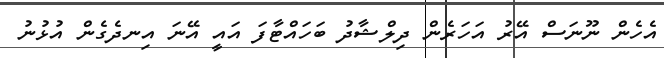
އެހެން ނޫނަސް އޭރު އަހަރެން ދިލްޝާދު ބަހައްޓާފަ އައީ އޭނަ އިނދެގެން އުޅުނު